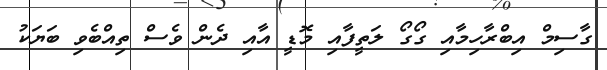
ގާސިމް އިބްރާހިމާއި ގޯގޯ ލަތީފާއި މޮޑީ އާއި ދެން ވެސް ތިއްބެވި ބަޔަކު